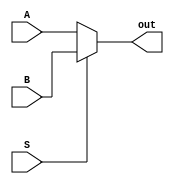
module mux2_1 (input [15:0] A, input [15:0]B , input S , output [15:0] out);

assign out = S ? B : A;

endmodule